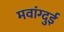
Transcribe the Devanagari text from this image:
मवांग्दुई